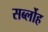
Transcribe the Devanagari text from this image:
सर्ब्लोह